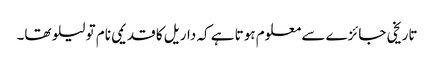
تاریخی جائزے سے معلوم ہوتا ہے کہ داریل کا قدیمی نام تو لیلو تھا۔